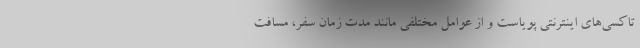
تاکسی‌های اینترنتی پویاست و از عوامل مختلفی مانند مدت زمان سفر، مسافت